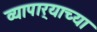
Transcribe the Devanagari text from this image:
व्यापार्‍याच्या